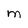
Character: M